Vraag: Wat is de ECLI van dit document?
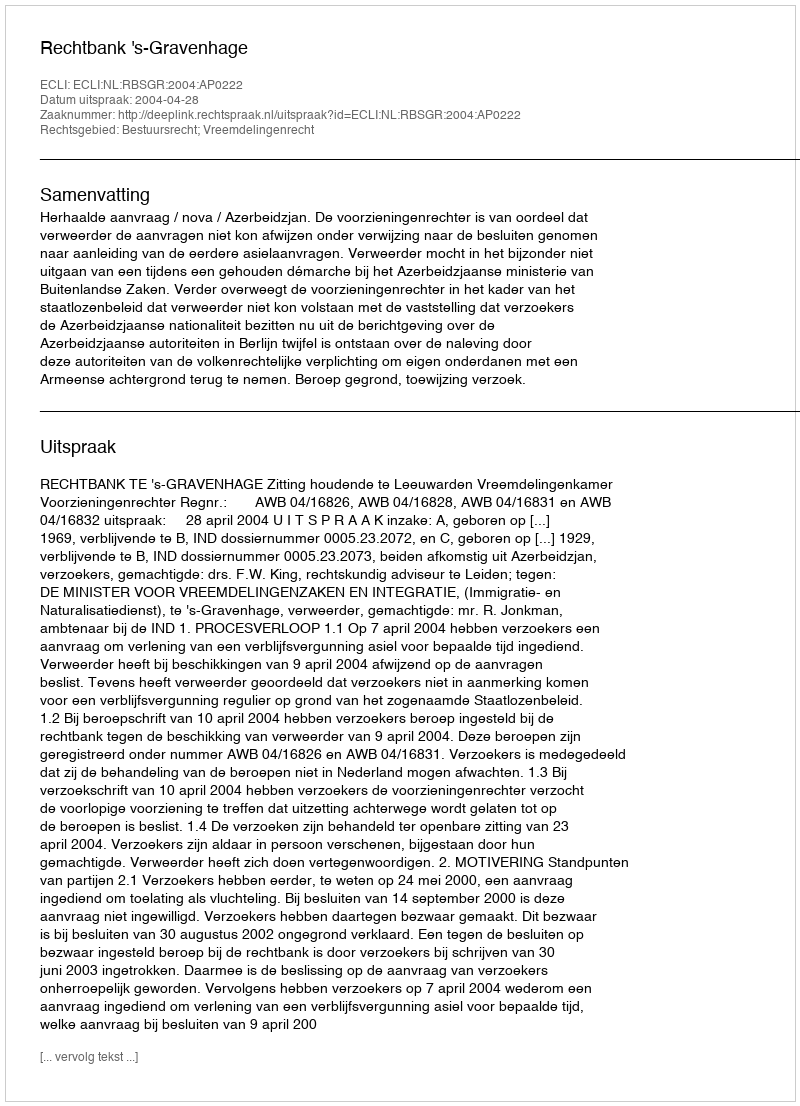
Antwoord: ECLI:NL:RBSGR:2004:AP0222